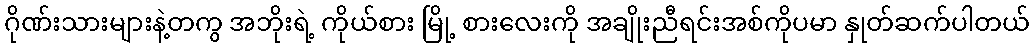
ဂိုဏ်းသားများနဲ့တကွ အဘိုးရဲ့ ကိုယ်စား မြို့ စားလေးကို အချိုးညီရင်းအစ်ကိုပမာ နှုတ်ဆက်ပါတယ်